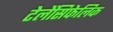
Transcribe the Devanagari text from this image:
टेलेंसिफेलिक